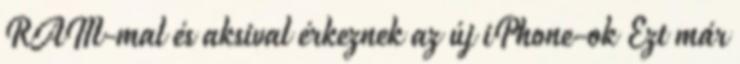
RAM-mal és aksival érkeznek az új iPhone-ok Ezt már